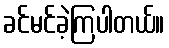
ခင်မင်ခဲ့ကြပါတယ်။